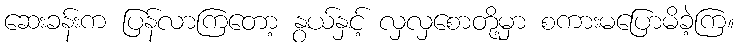
ဆေးခန်းက ပြန်လာကြတော့ နွယ်နှင့် လှလှစောတို့မှာ စကားမပြောမိခဲ့ကြ။